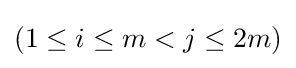
(1\leq i\leq m<j\leq 2m)